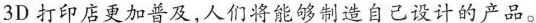
3D打印店更加普及,人们将能够制造自己设计的产品。